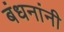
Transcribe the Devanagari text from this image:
बंधनांनी